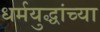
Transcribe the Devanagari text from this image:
धर्मयुद्धांच्या